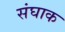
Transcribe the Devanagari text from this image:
संघाक